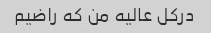
درکل عالیه من که راضیم